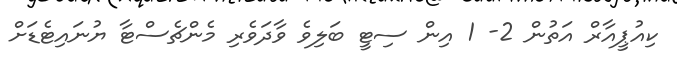
ކިއުޕީއާރް އަތުން 2- 1 އިން ސިޓީ ބަލިވެ ވާދަވެރި މެންޗެސްޓާ ޔުނައިޓެޑަށް